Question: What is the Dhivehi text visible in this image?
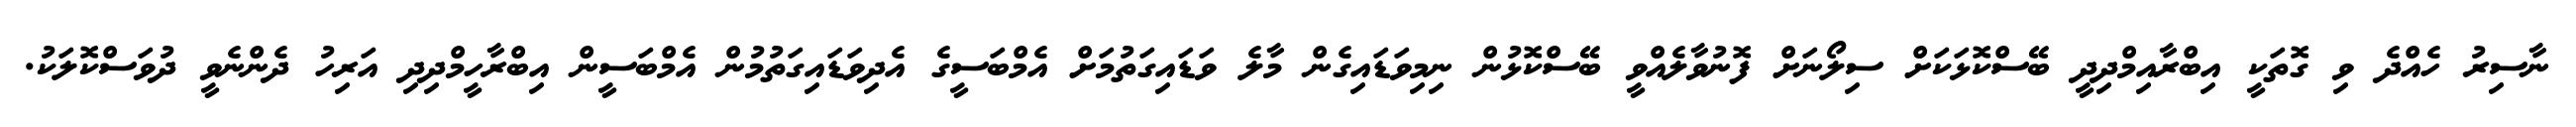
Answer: ނާސިރު ހެއްދެ ވި ގޮތަކީ އިބްރާއިމްދިދީ ބޭސްކޮޅަކަށް ސިލޯނަށް ފޮނުވާލެއްވީ ބޭސްކޮޅުން ނިމިވަޑައިގެން މާލެ ވަޑައިގަތުމަށް އެމްބަސީގެ އެދިވަޑައިގަތުމުން އެމްބަސީން އިބްރާހީމްދިދި އަރިހު ދެންނެވީ ދުވަސްކޮލަކު.